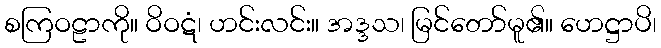
စကြဝဠာကို။ ဝိဝဋံ၊ ဟင်းလင်း။ အဒ္ဒသ၊ မြင်တော်မူ၏။ ဟေဋ္ဌာပိ၊